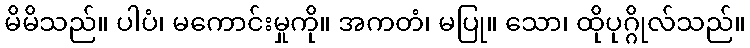
မိမိသည်။ ပါပံ၊ မကောင်းမှုကို။ အကတံ၊ မပြု။ သော၊ ထိုပုဂ္ဂိုလ်သည်။